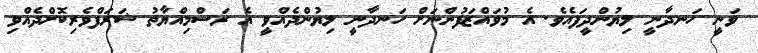
ވަނީ ހަނދާނީ ލިޔުންދީފައެވެ. އެ މުވައްޒަފުންނަށް ހަނދާނީ ލިޔުންދެއްވީ އެ ރަސްމިއްޔާތު ޝަރަފްވެރިކޮށްދެއްވި